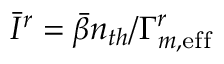
\Bar { I } ^ { r } = \Bar { \beta } n _ { t h } / \Gamma _ { m , \mathrm { e f f } } ^ { r }